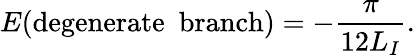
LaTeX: E(\mathrm{degenerate~~branch})=-\frac{\pi}{12L_{I}}.